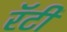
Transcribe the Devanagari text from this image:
रॅटी